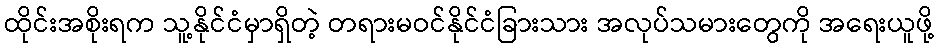
ထိုင်းအစိုးရက သူ့နိုင်ငံမှာရှိတဲ့ တရားမဝင်နိုင်ငံခြားသား အလုပ်သမားတွေကို အရေးယူဖို့